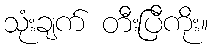
သုံးချက် တီးပြီကိုး။